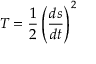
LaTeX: T = { \frac { 1 } { 2 } } \left( { \frac { d s } { d t } } \right) ^ { 2 }